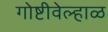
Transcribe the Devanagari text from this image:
गोष्टीवेल्हाळ